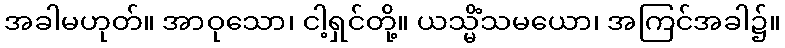
အခါမဟုတ်။ အာဝုသော၊ ငါ့ရှင်တို့။ ယသ္မိံသမယော၊ အကြင်အခါ၌။